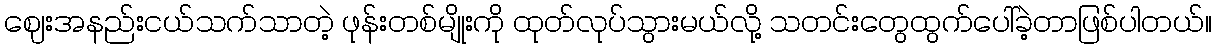
ဈေးအနည်းငယ်သက်သာတဲ့ ဖုန်းတစ်မျိုးကို ထုတ်လုပ်သွားမယ်လို့ သတင်းတွေထွက်ပေါ်ခဲ့တာဖြစ်ပါတယ်။